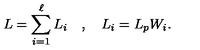
L = \sum _ { i = 1 } ^ { \ell } L _ { i } \quad , \quad L _ { i } = L _ { p } W _ { i } .